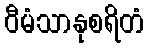
ဝီမံသာနုစရိတံ